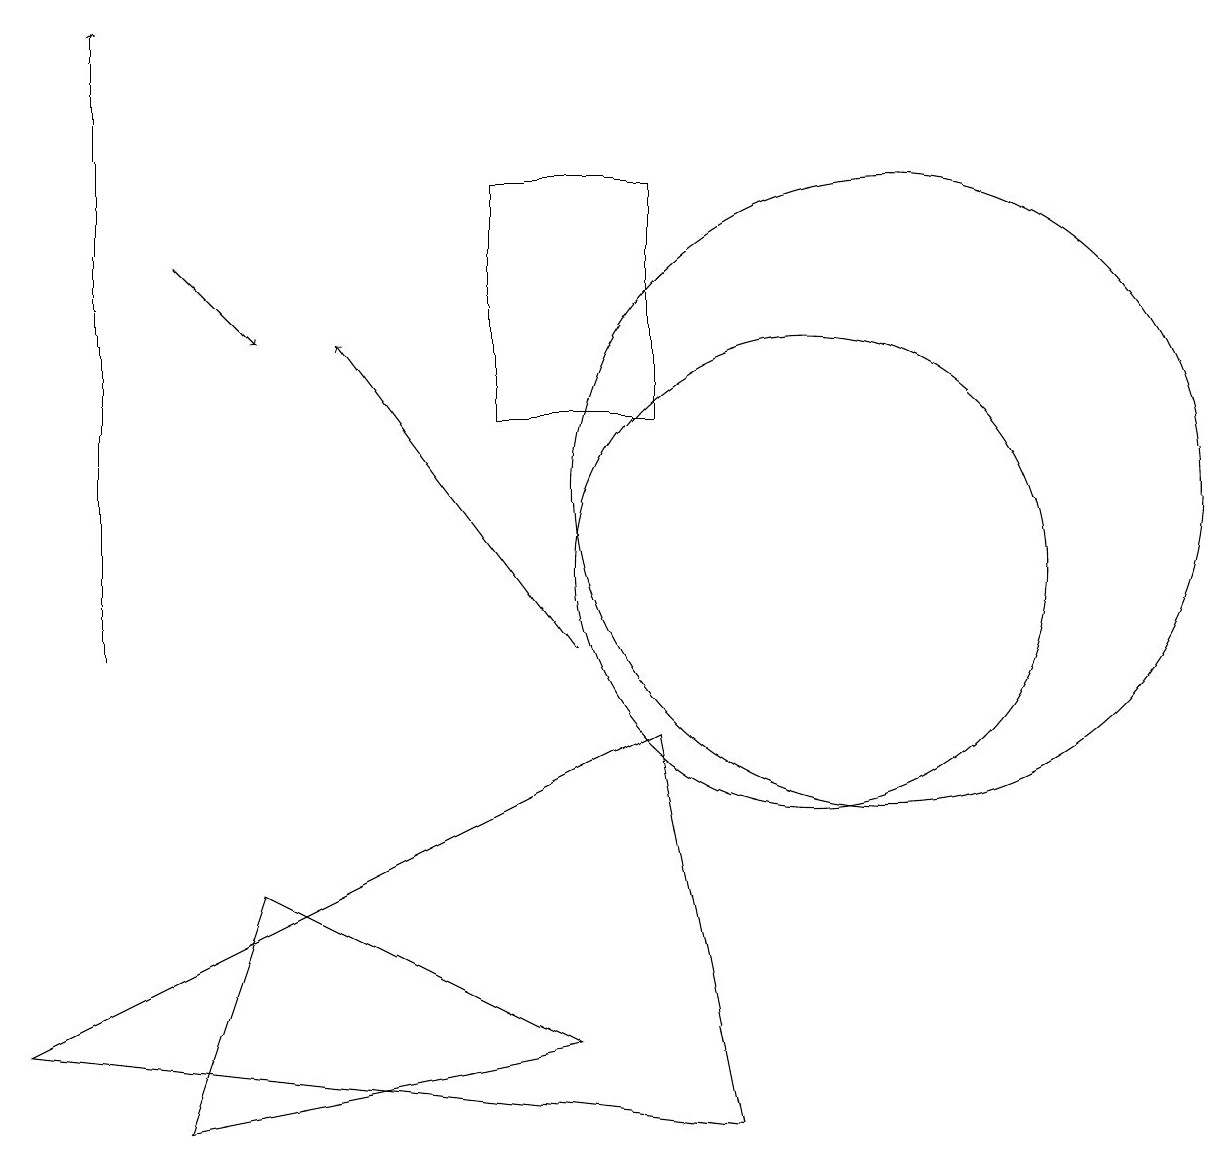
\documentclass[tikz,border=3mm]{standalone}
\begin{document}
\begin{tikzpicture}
\draw[->] (7,10) -- (4,14);
\draw (9,4) -- (8,9) -- (0,5) -- cycle;
\draw[->] (2,15) -- (3,14);
\draw (10,11) circle (3);
\draw[->] (1,10) -- (1,18);
\draw (2,4) -- (3,7) -- (7,5) -- cycle;
\draw (11,12) circle (4);
\draw (8,13) rectangle (6,16);
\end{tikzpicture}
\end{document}